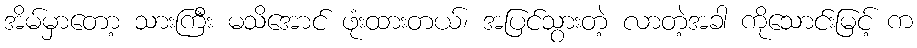
အိမ်မှာတော့ သားကြီး မသိအောင် ဖုံးထားတယ်၊ အပြင်သွားတဲ့ လာတဲ့အခါ ကိုသောင်းမြင့် က